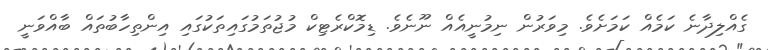
ގެއްލިދާނެ ކަމެއް ކަމަށެވެ. މިވަރުން ނިމުނީއެއް ނޫނެވެ. ޑިމޮކްރެޓިކް މުޖުތަމުގައިތަކުގައި އިންތިހާބުތައް ބާއްވަނީ